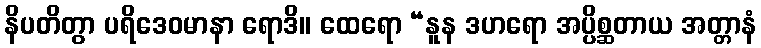
နိပတိတွာ ပရိဒေဝမာနာ ရောဒိ။ ထေရော “နူန ဒဟရော အပ္ပိစ္ဆတာယ အတ္တာနံ